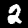
Label: 2